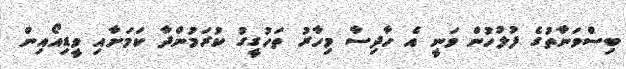
ބިސްވަނާތުގެ ފުލުހުން ވަނީ އެ ހާދިސާ މިހާރު ތަހުގީގު ކުރަމުންދާ ކަމަށާއި ވީޑިއޯއިން